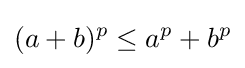
(a+b)^{p}\leq a^{p}+b^{p}